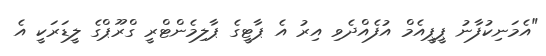
"އެމަނިކުފާނު ޕީޕީއެމް އުފެއްދެވި އިރު އެ ޕާޓީގެ ޕާލިމެންޓްރީ ގްރޫޕްގެ ލީޑަރަކީ އެ